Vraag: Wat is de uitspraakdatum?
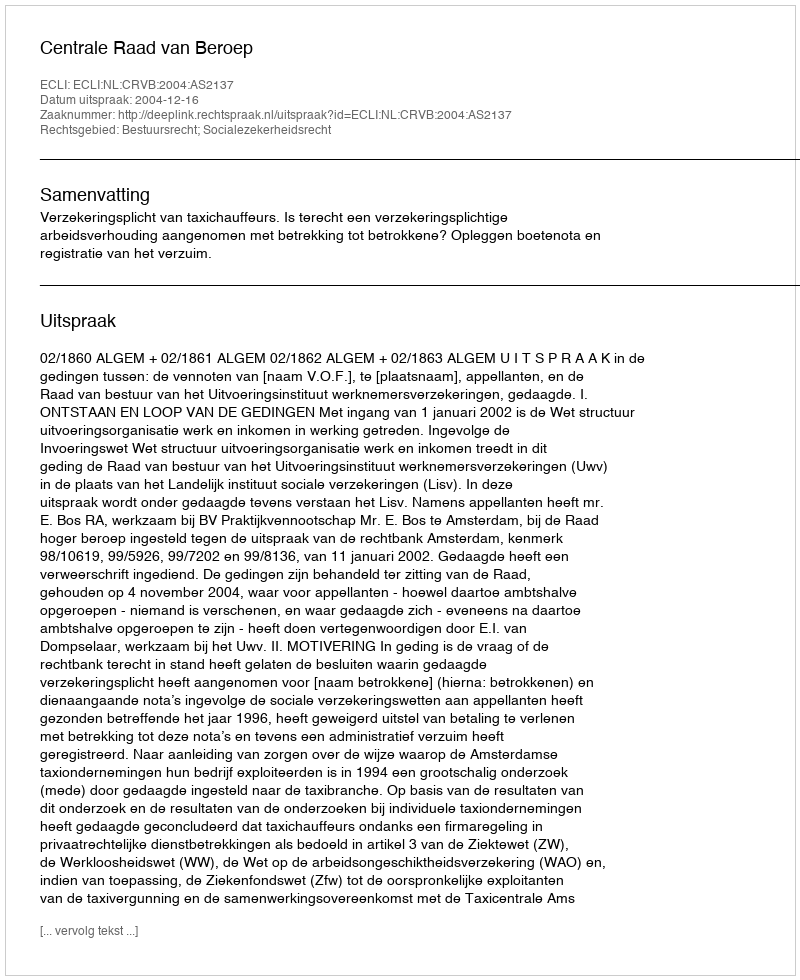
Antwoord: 2004-12-16